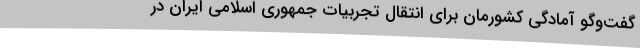
گفت‌وگو آمادگی کشورمان برای انتقال تجربیات جمهوری اسلامی ایران در